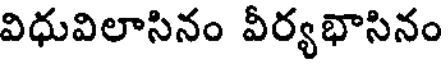
విధువిలాసినం వీర్యభాసినం